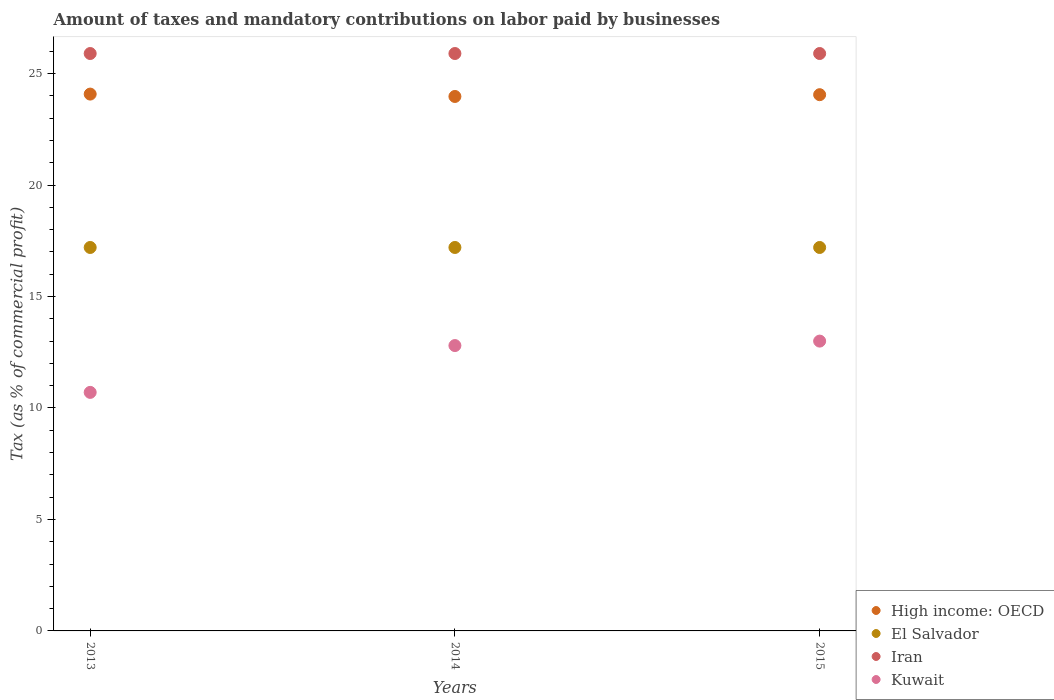
| Years | High income: OECD | El Salvador | Iran | Kuwait |
 | --- | --- | --- | --- | --- |
 | 2013 | 24.1 | 17.2 | 25.9 | 10.7 |
 | 2014 | 24 | 17.2 | 25.9 | 12.8 |
 | 2015 | 24.1 | 17.2 | 25.9 | 13 |